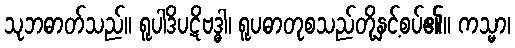
သုဘဓာတ်သည်။ ရူပါဒိပဋိဗဒ္ဓါ၊ ရူပဓာတုစသည်တို့နှင့်စပ်၏။ ကသ္မာ၊